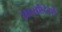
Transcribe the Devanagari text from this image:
सहस्रब्दियों